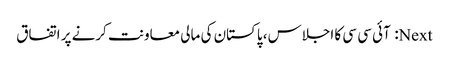
Next: آئی سی سی کا اجلاس، پاکستان کی مالی معاونت کرنے پر اتفاق